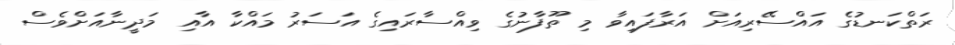
ރަތްކަނޑުގެ އައްސޭރިއަށް އަރާފައިވާ މި ތޫފާނުގެ ވިއްސާރައިގެ އަސަރު މައްކާ އާއި މަދީނާއަށްވެސް